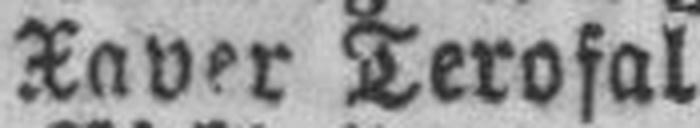
Xaver Terofal